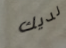
لديك